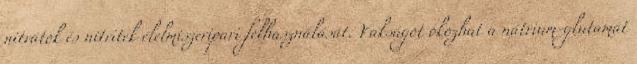
nitrátok és nitritek élelmiszeripari felhasználását. Vakságot okozhat a nátrium-glutamát